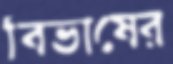
বিভাষের